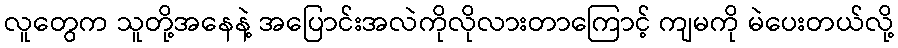
လူတွေက သူတို့အနေနဲ့ အပြောင်းအလဲကိုလိုလားတာကြောင့် ကျမကို မဲပေးတယ်လို့